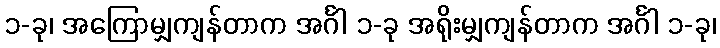
၁-ခု၊ အကြောမျှကျန်တာက အင်္ဂါ ၁-ခု အရိုးမျှကျန်တာက အင်္ဂါ ၁-ခု၊